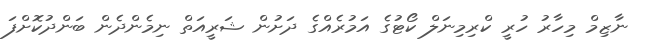
ނާޒިމް މިހާރު ހުރީ ކްރިމިނަލް ކޯޓުގެ އަމުރެއްގެ ދަށުން ޝަރީއަތް ނިމެންދެން ބަންދުކޮށްފަ